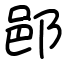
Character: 𨛗